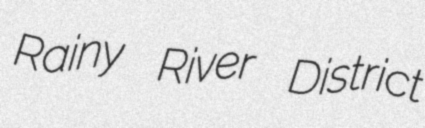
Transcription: Rainy River District